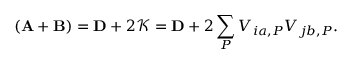
( \mathbf { A } + \mathbf { B } ) = \mathbf { D } + 2 \mathcal { K } = \mathbf { D } + 2 \sum _ { P } V _ { i a , P } V _ { j b , P } .